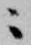
ニ